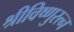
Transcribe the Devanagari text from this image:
श्रीविष्णुरत्न